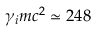
\gamma _ { i } m c ^ { 2 } \simeq 2 4 8